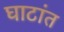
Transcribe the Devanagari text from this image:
घाटांत